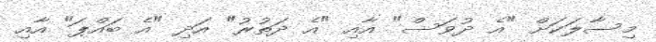
މިސާލަކަށް "އެ ދުވަސް" އާއި "އެ ދަތުރު" އަދި "އެ ބައްޕަ" އާއި